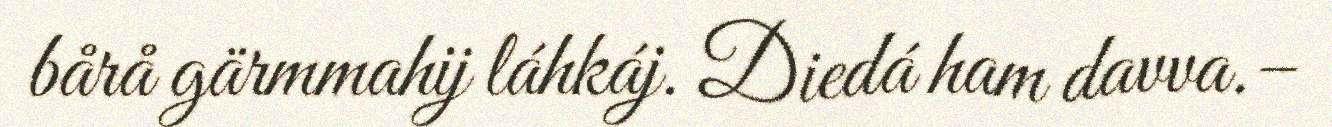
bårå gärmmahij láhkáj. Diedá ham davva.–